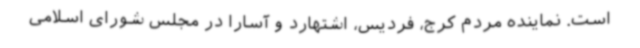
است. نماینده مردم کرج، فردیس، اشتهارد و آسارا در مجلس شورای اسلامی